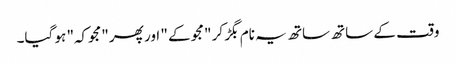
وقت کے ساتھ ساتھ یہ نام بگڑ کر "مجو کے " اور پھر "مجوکہ" ہو گیا۔